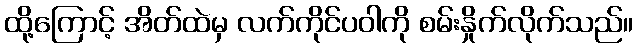
ထို့ကြောင့် အိတ်ထဲမှ လက်ကိုင်ပဝါကို စမ်းနှိုက်လိုက်သည်။